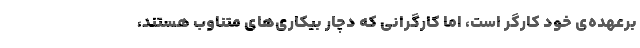
برعهده‌ی خود کارگر است، اما کارگرانی که دچار بیکاری‌های متناوب هستند،